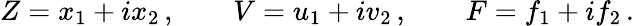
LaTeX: Z=x_{1}+ix_{2}\, ,\qquad V=u_{1}+iv_{2}\, ,\qquad F=f_{1}+if_{2}\, .